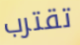
تقترب